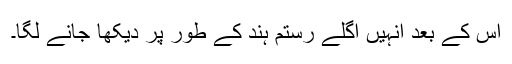
اس کے بعد انہیں اگلے رستم ہند کے طور پر دیکھا جانے لگا۔